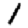
Digit: 1